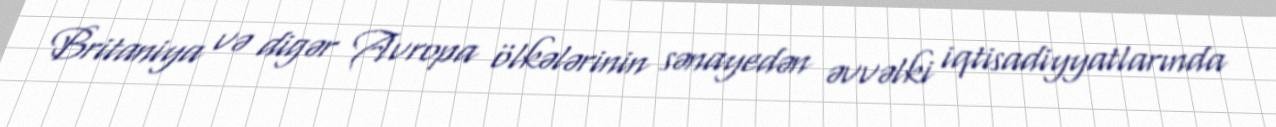
Britaniya və digər Avropa ölkələrinin sənayedən əvvəlki iqtisadiyyatlarında